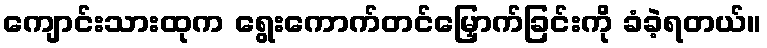
ကျောင်းသားထုက ရွေးကောက်တင်မြှောက်ခြင်းကို ခံခဲ့ရတယ်။